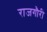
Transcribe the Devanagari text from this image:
राजगौरी